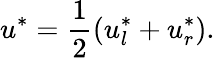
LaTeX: u^{*}=\frac{1}{2}\left(u_{l}^{*}+u_{r}^{*}\right).